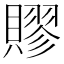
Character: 賿